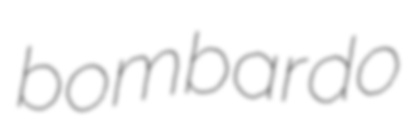
bombardo